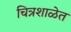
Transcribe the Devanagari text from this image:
चित्रशाळेत